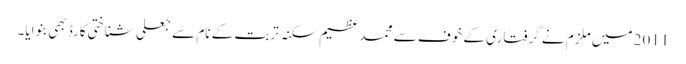
2011 میں ملزم نے گرفتاری کے خوف سے محمد عظیم سکنہ تربت کے نام سے جعلی شناختی کارڈ بھی بنوایا۔